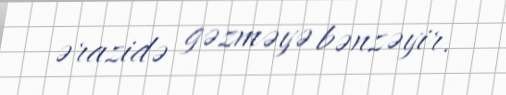
ərazidə gəzməyə bənzəyir.